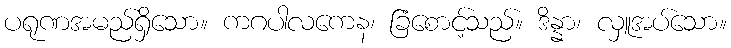
ပရုဏအမည်ရှိသော။ ကဂပါလကေန၊ ခြံစောင့်သည်။ ဒိန္နာ၊ လှူအပ်သော။